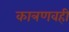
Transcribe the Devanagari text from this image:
कात्रणवही